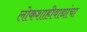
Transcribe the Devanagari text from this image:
लोकशाहीवाद्यांचा